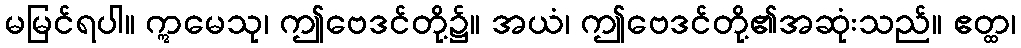
မမြင်ရပါ။ ဣမေသု၊ ဤဗေဒင်တို့၌။ အယံ၊ ဤဗေဒင်တို့၏အဆုံးသည်။ ဧတ္ထ၊